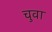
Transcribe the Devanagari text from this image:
चुवा